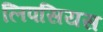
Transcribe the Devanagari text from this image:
लिपसियस